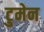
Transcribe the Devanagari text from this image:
टुमेन